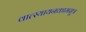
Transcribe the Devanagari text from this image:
वात्स्यायनकामसूत्र